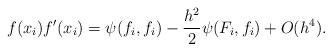
LaTeX: \begin{align*} f(x_i)f'(x_i)=\psi(f_i,f_i)-\frac{h^2}{2}\psi(F_i,f_i)+O(h^4). \end{align*}